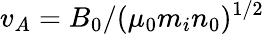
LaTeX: v_{A}=B_{0}/(\mu_{0}m_{i}n_{0})^{1/2}